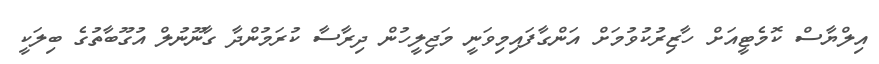
އިލްޔާސް ކޮމެޓީއަށް ހާޒިރުކުވުމަށް އަންގާފައިމިވަނީ މަޖިލީހުން ދިރާސާ ކުރަމުންދާ ގާނޫނުލް އުގޫބާތުގެ ބިލަކީ